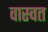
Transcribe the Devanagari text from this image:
वास्वत